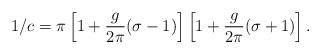
\begin{align*}1/c = \pi \left[ 1 + \frac{g}{2 \pi} (\sigma - 1) \right] \left[ 1 + \frac{g}{2 \pi} (\sigma + 1) \right].\end{align*}